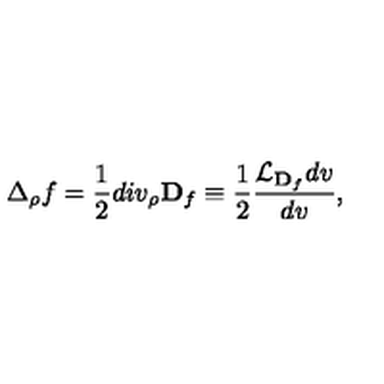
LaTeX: \Delta _ { \rho } f = \frac { 1 } { 2 } d i v _ { \rho } { \bf D } _ { f } \equiv \frac { 1 } { 2 } \frac { { \cal L } _ { { \bf D } _ { f } } d v } { d v } ,